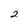
Character: 2